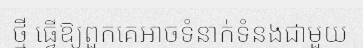
ថ្មី ធ្វើឱ្យពួកគេអាចទំនាក់ទំនងជាមួយ